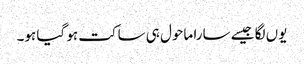
یوں لگا جیسے سارا ماحول ہی ساکت ہو گیا ہو۔